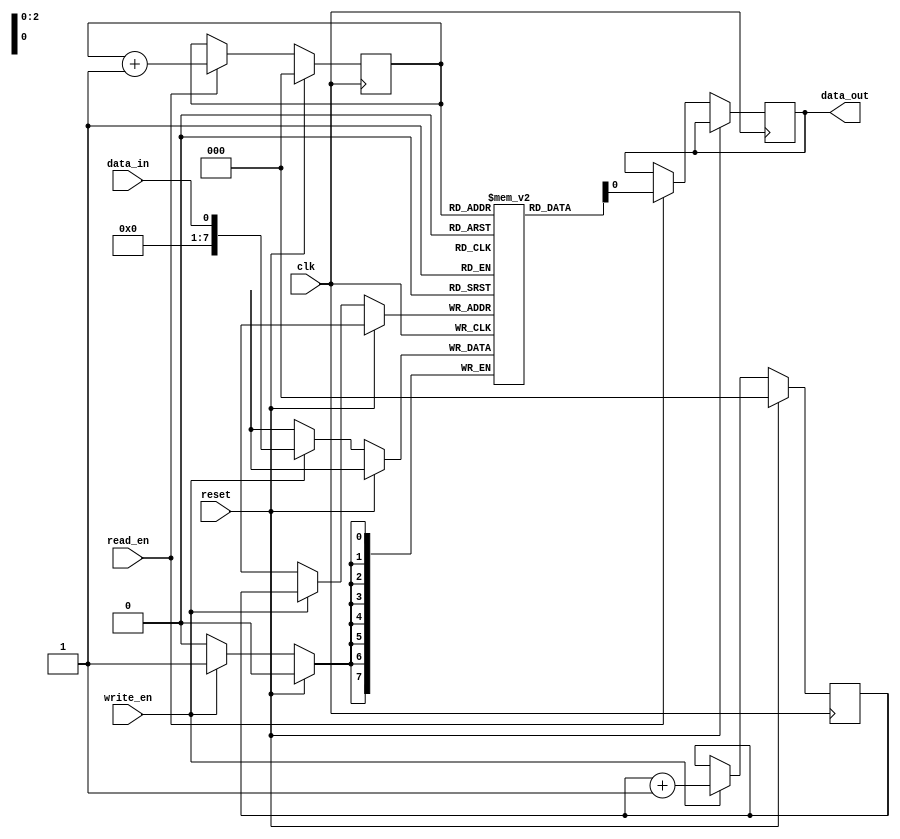
module fifo_buffer (
    input wire clk, // clock signal
    input wire reset, // reset signal
    input wire write_en, // write enable signal
    input wire read_en, // read enable signal
    input wire data_in, // input data
    output reg data_out // output data
);

reg [7:0] mem [0:7]; // 8-bit memory elements
reg [2:0] write_ptr = 0; // write pointer
reg [2:0] read_ptr = 0; // read pointer

always @(posedge clk) begin
    if (reset) begin
        write_ptr <= 0;
        read_ptr <= 0;
    end else begin
        if (write_en) begin
            mem[write_ptr] <= data_in;
            write_ptr <= write_ptr + 1;
        end
        if (read_en) begin
            data_out <= mem[read_ptr];
            read_ptr <= read_ptr + 1;
        end
    end
end

endmodule